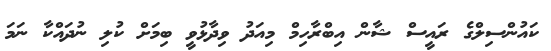
ކައުންސިލްގެ ރައީސް ޝާން އިބްރާހިމް މިއަދު ވިދާޅުވީ ބިމަށް ކުލި ނުދައްކާ ނަމަ